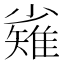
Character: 𱚫